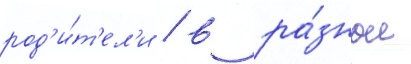
род'и́т'ел'и / в ра́зные